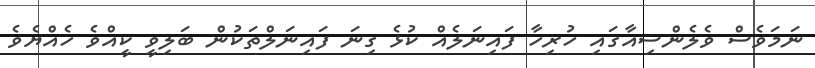
ނަމަވެސް ވެލެންސިއާގައި ހުރިހާ ފައިނަލެއް ކުޅެ ގިނަ ފައިނަލްތަކުން ބަލިވީ ކީއްވެ ހެއްޔެވެ